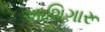
આશિગારૂ